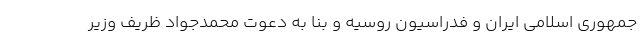
جمهوری اسلامی ایران و فدراسیون روسیه و بنا به دعوت محمدجواد ظریف وزیر